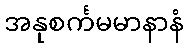
အနုစင်္ကမမာနာနံ